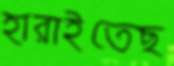
হারাইতেছ